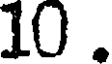
10 .